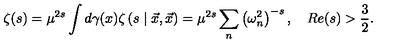
\zeta ( s ) = \mu ^ { 2 s } \int d \gamma ( x ) \zeta \left( s \mid \vec { x } , \vec { x } \right) = \mu ^ { 2 s } \sum _ { n } \left( \omega _ { n } ^ { 2 } \right) ^ { - s } , \quad R e ( s ) > \frac { 3 } { 2 } .